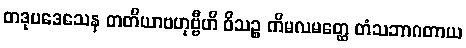
တဒုပဒေသေန တတိယာဗဟုဗ္ဗီဟိ ဝိသဉ္စ ကိမလမတ္ထေ တံသဘာဂတာယ